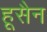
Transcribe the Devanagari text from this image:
हूसैन